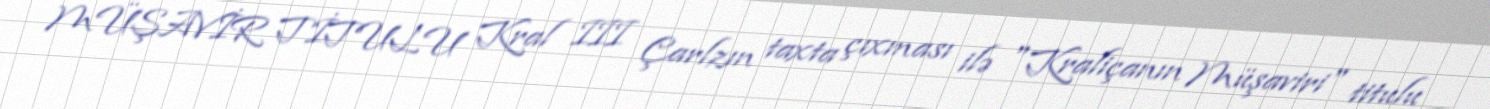
MÜŞAVİR TİTULU Kral III Çarlzın taxta çıxması ilə "Kraliçanın Müşaviri" titulu